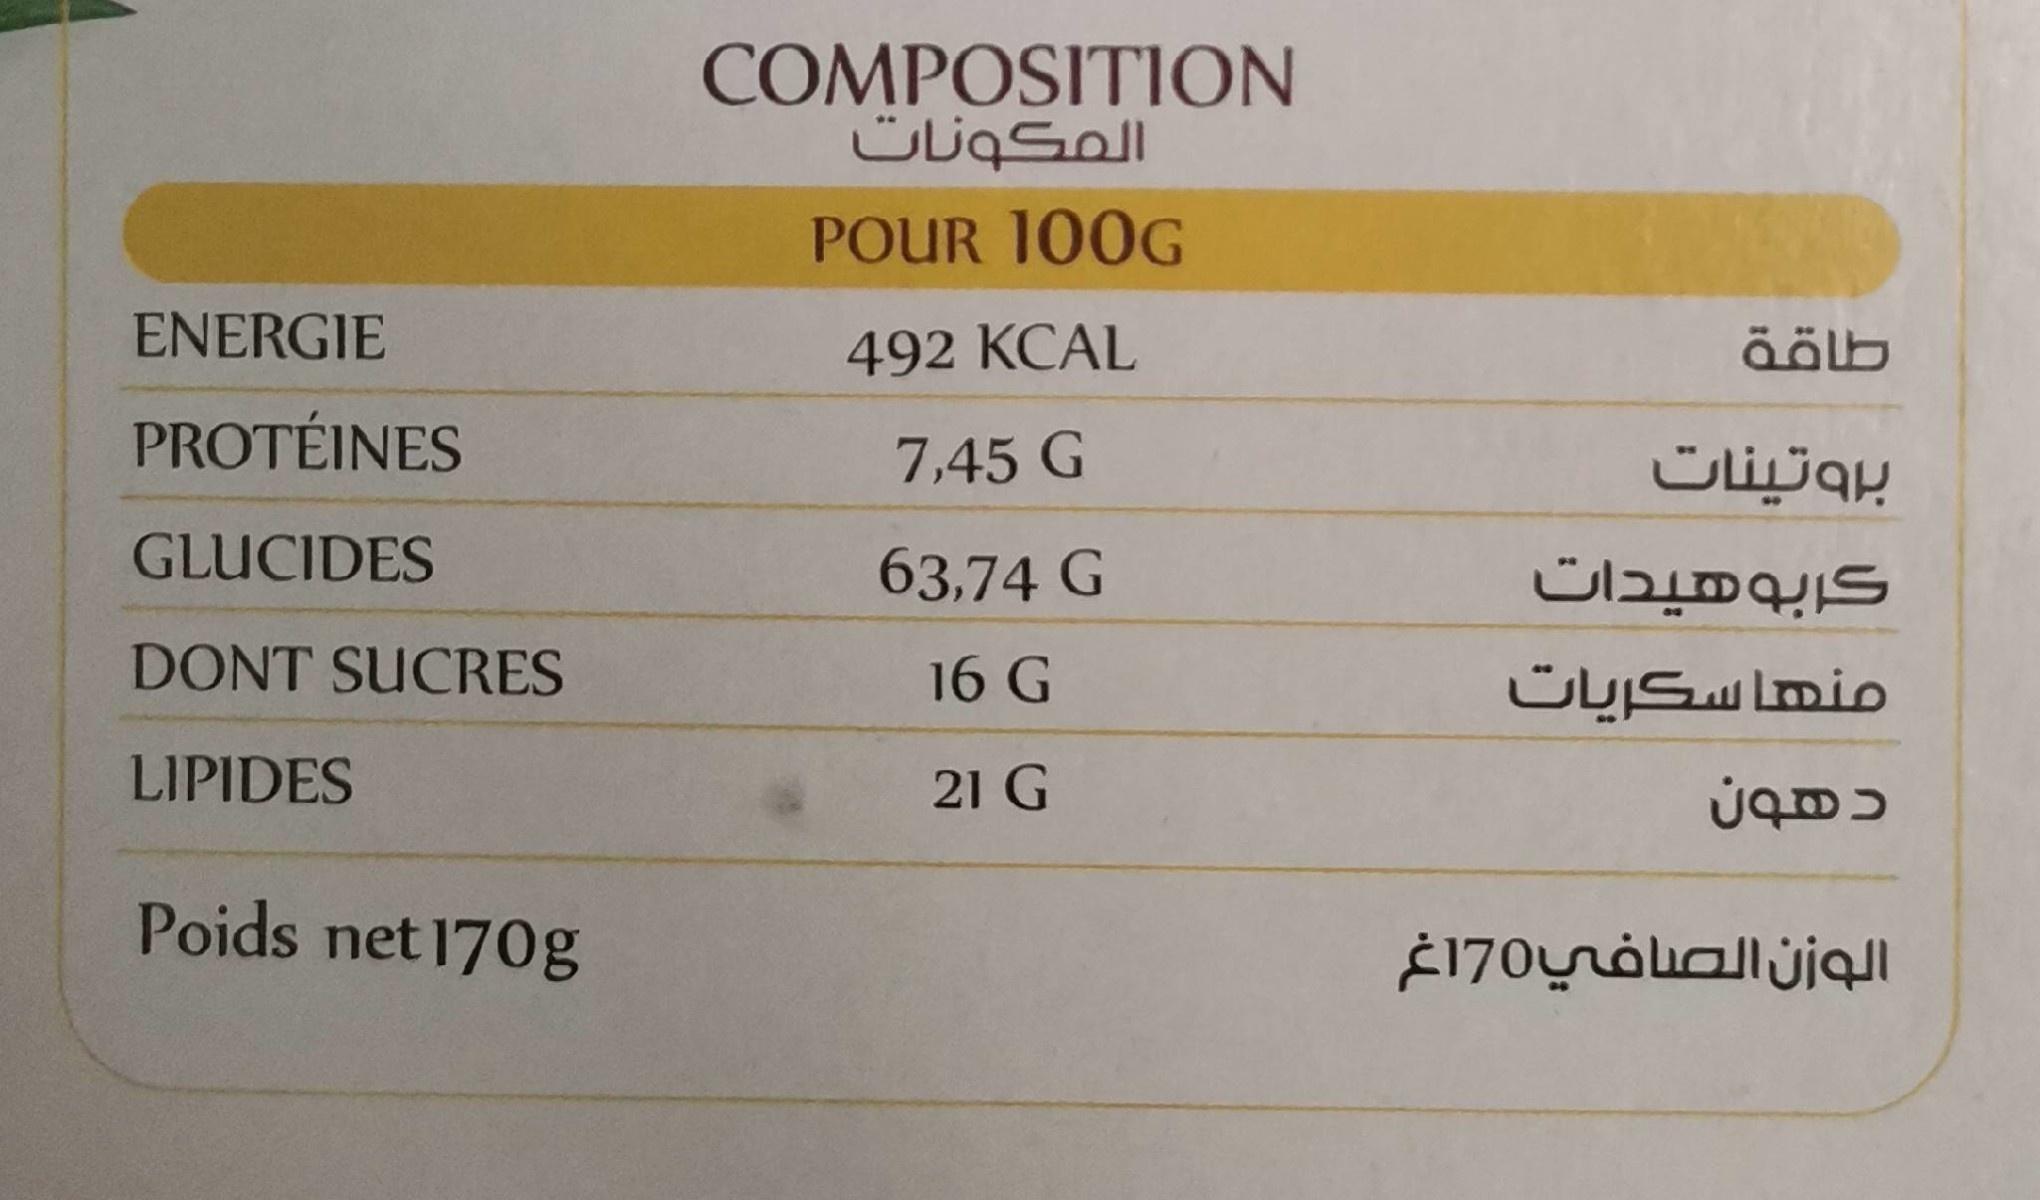
COMPOSITION ÜliqSoll
POUR 100G
ENERGIE
492 KCAL
طاقة
PROTÉINES
7,45 G
Ülijqy
GLUCIDES
63,74 G
DONT SUCRES
16 G
منها سكريات
LIPIDES
21 G
Poids net 170g